Vaccination in Bombay 1874-1876 - 1874-1876
Year: 1874
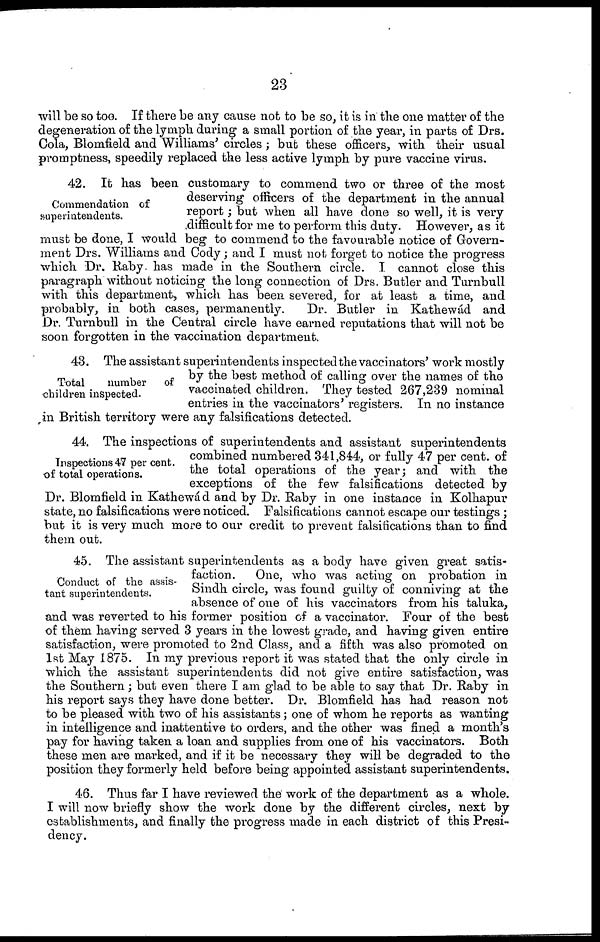
23
will be so too. If there be any cause not to be so, it is in the one matter of the
degeneration of the lymph during a small portion of the year, in parts of Drs.
Cola, Blomfield and Williams' circles; but these officers, with their usual
promptness, speedily replaced the less active lymph by pure vaccine virus.
Commendation of
superintendents.
42. It has been customary to commend two or three of the most
deserving officers of the department in the annual
report; but when all have done so well, it is very
difficult for me to perform this duty. However, as it
must be done, I would beg to commend to the favourable notice of Govern-
ment Drs. Williams and Cody; and I must not forget to notice the progress
which Dr. Raby has made in the Southern circle. I cannot close this
paragraph without noticing the long connection of Drs. Butler and Turnbull
with this department, which has been severed, for at least a time, and
probably, in both cases, permanently.
Dr. Butler in Kathewád and
Dr. Turnbull in the Central circle have earned reputations that will not be
soon forgotten in the vaccination department.
Total
number of
children inspected.
43. The assistant superintendents inspected the vaccinators' work mostly
by the best method of calling over the names of the
vaccinated children. They tested 267,239 nominal
entries in the vaccinators' registers. In no instance
in British territory were any falsifications detected.
Inspections 47 per cent.
of total operations.
44. The inspections of superintendents and assistant superintendents
combined numbered 341,844, or fully 47 per cent. of
the total operations of the year; and with the
exceptions of the few falsifications detected by
Dr. Blomfield in Kathewád and by Dr. Raby in one instance in Kolhapur
state, no falsifications were noticed. Falsifications cannot escape our testings ;
but it is very much more to our credit to prevent falsifications than to find
them out.
Conduct of the assis-
tant superintendents.
45. The assistant superintendents as a body have given great satis-
faction.
One, who was acting on probation in
Sindh circle, was found guilty of conniving at the
absence of one of his vaccinators from his taluka,
and was reverted to his former position of a vaccinator. Four of the best
of them having served 3 years in the lowest grade, and having given entire
satisfaction, were promoted to 2nd Class, and a fifth was also promoted on
1st May 1875. In my previous report it was stated that the only circle in
which the assistant superintendents did not give entire satisfaction, was
the Southern; but even there I am glad to be able to say that Dr. Raby in
his report says they have done better. Dr. Blomfield has had reason not
to be pleased with two of his assistants; one of whom he reports as wanting
in intelligence and inattentive to orders, and the other was fined a month's
pay for having taken a loan and supplies from one of his vaccinators. Both
these men are marked, and if it be necessary they will be degraded to the
position they formerly held before being appointed assistant superintendents.
46. Thus far I have reviewed the work of the department as a whole.
I will now briefly show the work done by the different circles, next by
establishments, and finally the progress made in each district of this Presi-
dency.